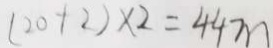
( 2 0 + 2 ) \times 2 = 4 4 m